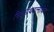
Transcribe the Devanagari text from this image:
भिक्षुग्रंथरत्नाकर